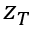
z _ { T }